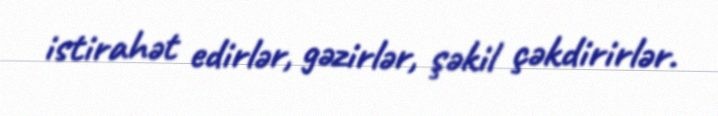
istirahət edirlər, gəzirlər, şəkil çəkdirirlər.